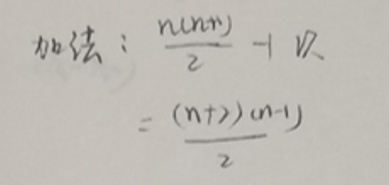
加法$:\ &\frac{n(n + r)}{2}+r$\\
$=&\frac{(n + 1)(n - 1)}{2}$